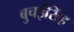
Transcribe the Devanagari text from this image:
बुचईसिंह